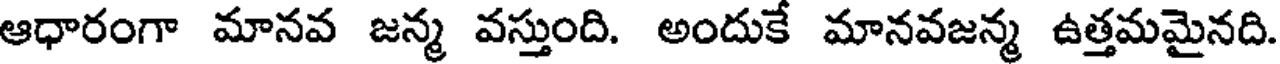
ఆధారంగా మానవ జన్మ వస్తుంది. అందుకే మానవజన్మ ఉత్తమమైనది.